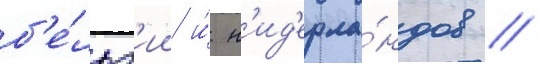
б'е́льг'ии и́ н'ид'ерла́ндов //